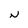
Character: N